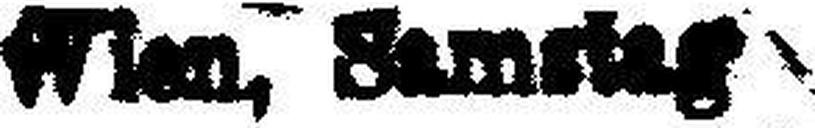
Wien, Samstag